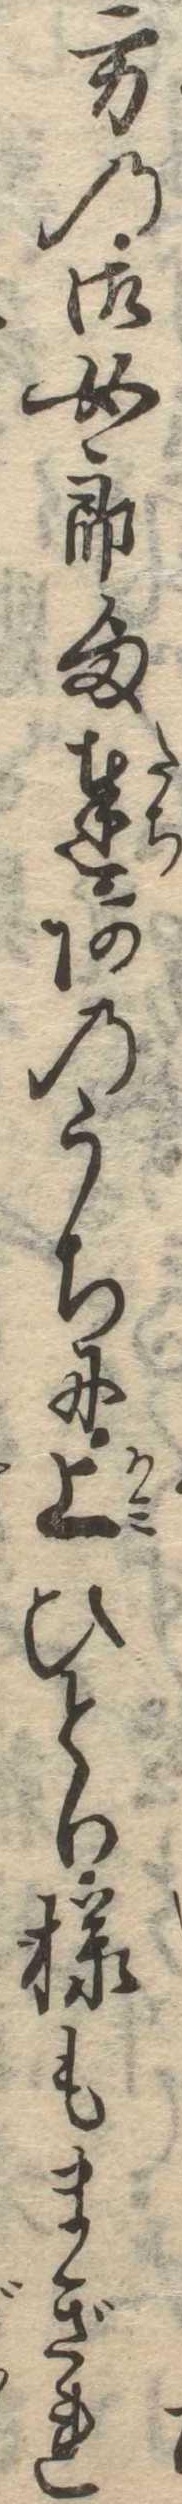
方の御女郎様達あのうちに上ひとり様もまぎれ